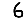
Digit: 6